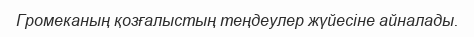
Громеканың қозғалыстың теңдеулер жүйесіне айналады.